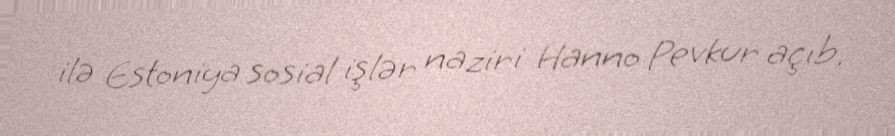
ilə Estoniya sosial işlər naziri Hanno Pevkur açıb.